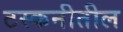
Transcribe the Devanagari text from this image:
टस्कनीतील